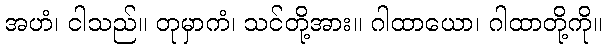
အဟံ၊ ငါသည်။ တုမှာကံ၊ သင်တို့အား။ ဂါထာယော၊ ဂါထာတို့ကို။